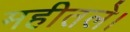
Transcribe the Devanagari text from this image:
महीतले।